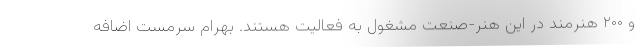
و ۲۰۰ هنرمند در این هنر-صنعت مشغول به فعالیت هستند. بهرام سرمست اضافه